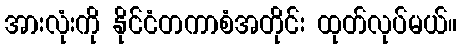
အားလုံးကို နိုင်ငံတကာစံအတိုင်း ထုတ်လုပ်မယ်။